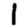
Digit: 1